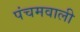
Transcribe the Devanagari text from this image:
पंचमवाली